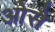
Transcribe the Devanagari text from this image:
ओसै